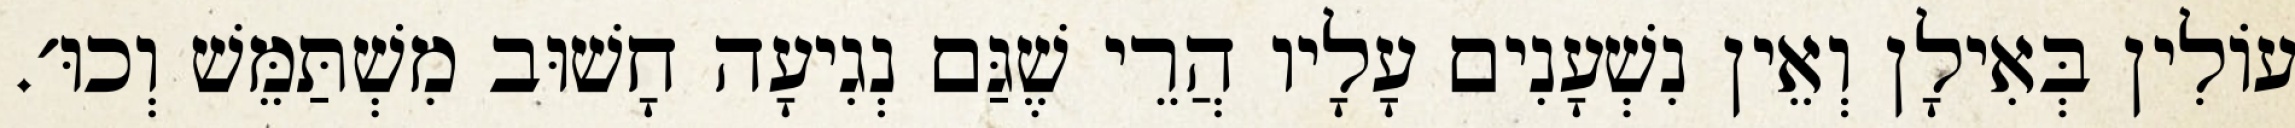
עוֹלִין בְּאִילָן וְאֵין נִשְׁעָנִים עָלָיו הֲרֵי שֶׁגַּם נְגִיעָה חָשׁוּב מִשְׁתַּמֵּשׁ וְכוּ׳.